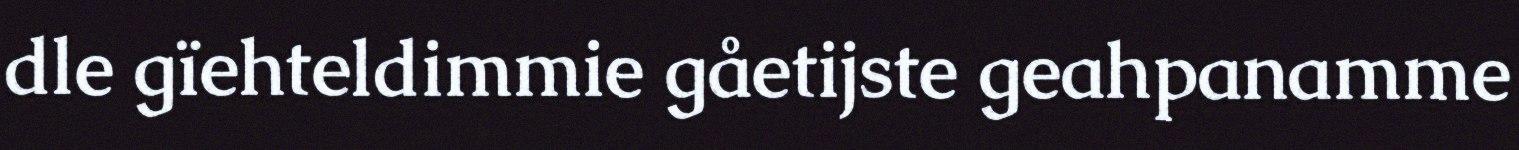
dle gïehteldimmie gåetijste geahpanamme